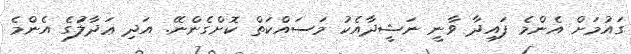
ގައުމަށް އެންމެ ފައިދާ ވާނީ ނަޝީދާއެކު މަސައްކަތް ކޮށްގެންނޭ. އަދި ޢަދާލަުގެ އެންމެ